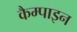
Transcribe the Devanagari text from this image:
कैम्पाइन